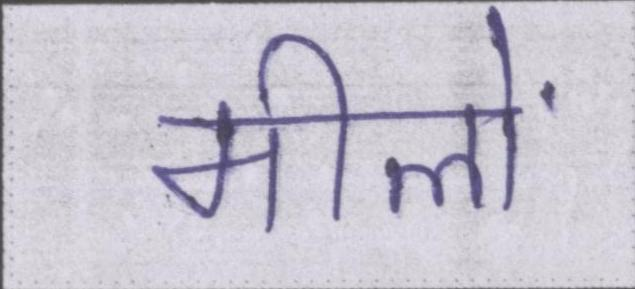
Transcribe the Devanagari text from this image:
मीलों